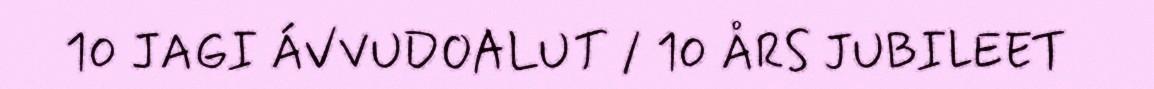
10 JAGI ÁVVUDOALUT / 10 ÅRS JUBILEET